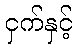
ငှက်နှင့်